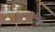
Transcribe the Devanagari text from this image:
त्रिपुरार्णव।